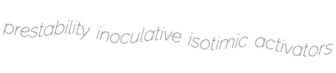
prestability inoculative isotimic activators